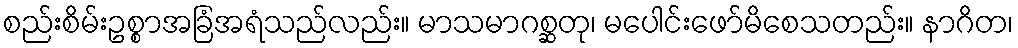
စည်းစိမ်းဥစ္စာအခြံအရံသည်လည်း။ မာသမာဂစ္ဆတု၊ မပေါင်းဖော်မိစေသတည်း။ နာဂိတ၊